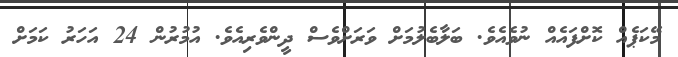
މޭކަޕެއް ކޮށްފައެއް ނުވެއެވެ. ބަލާބެލުމަށް ވަރަށްވެސް ދީންވެރިއެވެ. އުމުރުން 24 އަހަރު ކަމަށް